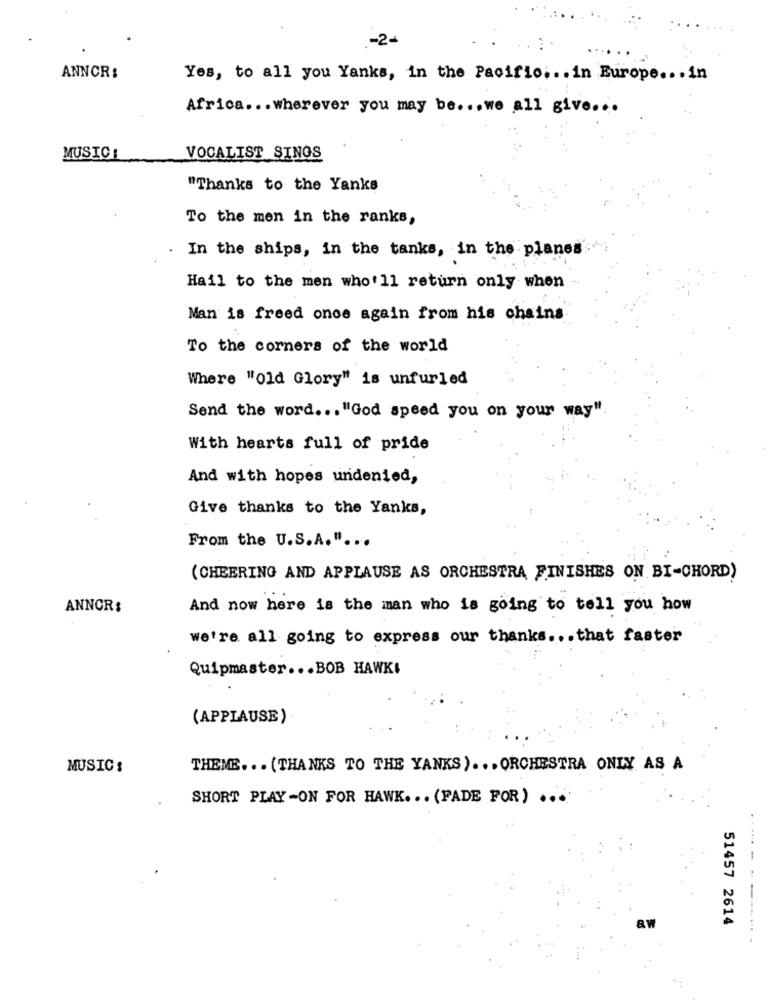
.- 2-
. :
ANNCR:
Yes, to all you Yanks, in the Pacific ... in Europe ... in
Africa ... wherever you may be ... we all give ...
MUSIC :
VOCALIST SINGS
"Thanks to the Yanks
To the men in the ranks,
. In the ships, in the tanks, in the planes
Hail to the men who'll return only when
Man is freed once again from his chains
To the corners of the world
Where "Old Glory" is unfurled
Send the word ... "God speed you on your way".
With hearts full of pride
And with hopes undenied,
Give thanks to the Yanks,
From the U.S.A." ...
(CHEERING AND APPLAUSE AS ORCHESTRA FINISHES ON BI-CHORD)
ANNOR:
And now here is the man who is going to tell you how
we're all going to express our thanks ... that faster
Quipmaster ... BOB HAWKI
(APPLAUSE)
MUSIC:
THEME ... (THANKS TO THE YANKS) ... ORCHESTRA ONLY AS A
SHORT PLAY-ON FOR HAWK ... (FADE FOR) ...
.-...-
51457 2614